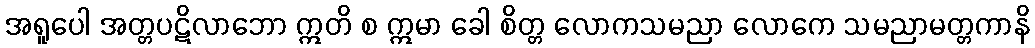
အရူပေါ အတ္တပဋိလာဘော ဣတိ စ ဣမာ ခေါ စိတ္တ လောကသမညာ လောကေ သမညာမတ္တကာနိ